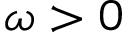
\omega > 0